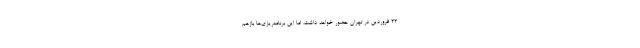
22 فروردین در تهران حضور خواهد داشت، اما این برنامه‌ریزی‌ها بازهم